Plague in India, 1896, 1897 - Volume 2
Year: 1896
Disease focus: Plague
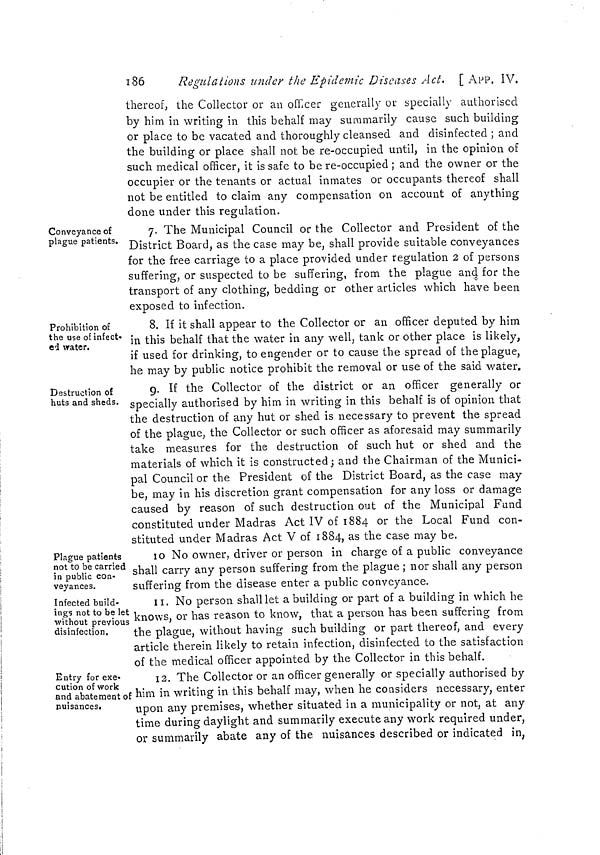
186
Regulations under the Epidemic Diseases Ací. [App. IV.
thereof, the Collector or an officer generally or specially authorised
by him in writing in this behalf may summarily cause such building
or place to be vacated and thoroughly cleansed and disinfected ; and
the building or place shall not be re-occüpied until, in the opinion of
such medical officer, it is safe to be re-occupied ; and the owner or the
occupier or the tenants or actual inmates or occupants thereof shall
not be entitled to claim any compensation on account of anything
done under this regulation.
Conveyance of
plague patients.
7. The Municipal Council or the Collector and President of the
District Board, as the case may be, shall provide suitable conveyances
for the free carriage to a place provided under regulation 2 of persons
suffering, or suspected to be suffering, from the plague and for the
transport of any clothing, bedding or other articles which have been
exposed to infection.
Prohibition of
the use of infect-
ed water.
8. If it shall appear to the Collector or an officer deputed by him
in this behalf that the water in any well, tank or other place is likely,
if used for drinking, to engender or to cause the spread of the plague,
he may by public notice prohibit the removal or use of the said water.
Destruction of
huts and sheds.
9. If the Collector of the district or an officer generally or
specially authorised by him in writing in this behalf is of opinion that
the destruction of any hut or shed is necessary to prevent the spread
of the plague, the Collector or such officer as aforesaid may summarily
take measures for the destruction of such hut or shed and the
materials of which it is constructed; and the Chairman of the Munici-
pal Council or the President of the District Board, as the case may
be, may in his discretion grant compensation for any loss or damage
caused by reason of such destruction out of the Municipal Fund
constituted under Madras Act IV of 1884 or the Local Fund con-
stituted under Madras Act V of 1884, as the case may be.
Plague patients
not to be carried
in public con-
veyances.
10 No owner, driver or person in charge of a public conveyance
shall carry any person suffering from the plague ; nor shall any person
suffering from the disease enter a public conveyance.
Infected build-
ings not to be let
without previous
disinfection.
11. No person shall let a building or part of a building in which he
knows, or has reason to know, that a person has been suffering from
the plague, without having such building or part thereof, and every
article therein likely to retain infection, disinfected to the satisfaction
of the medical officer appointed by the Collector in this behalf.
Entry for exe-
cution of work
and abatement of
nuisances.
12. The Collector or an officer generally or specially authorised by
him in writing in this behalf may, when he considers necessary, enter
upon any premises, whether situated in a municipality or not, at any
time during daylight and summarily execute any work required under,
or summarily abate any of the nuisances described or indicated in,